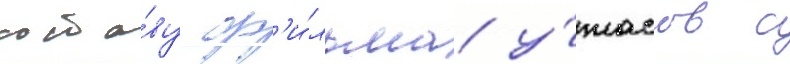
соста́ву ф'и́льма у́жасов с